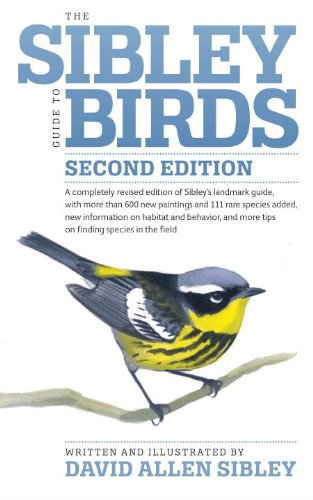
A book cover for The Sibley Guide to Birds, 2nd Edition; David Allen Sibley; Science & Math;